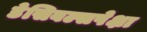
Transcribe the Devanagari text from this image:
डेसिबल्सपेक्षा